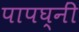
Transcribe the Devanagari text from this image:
पापघ्नीं